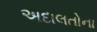
અદાલતોના